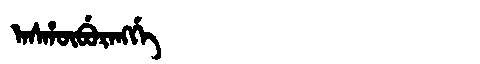
Manchu: ᠠᠰᡥᡡᠪᡠᡵᠠᠩᡤᡝ
Romanization: ASHŪBURANGGE